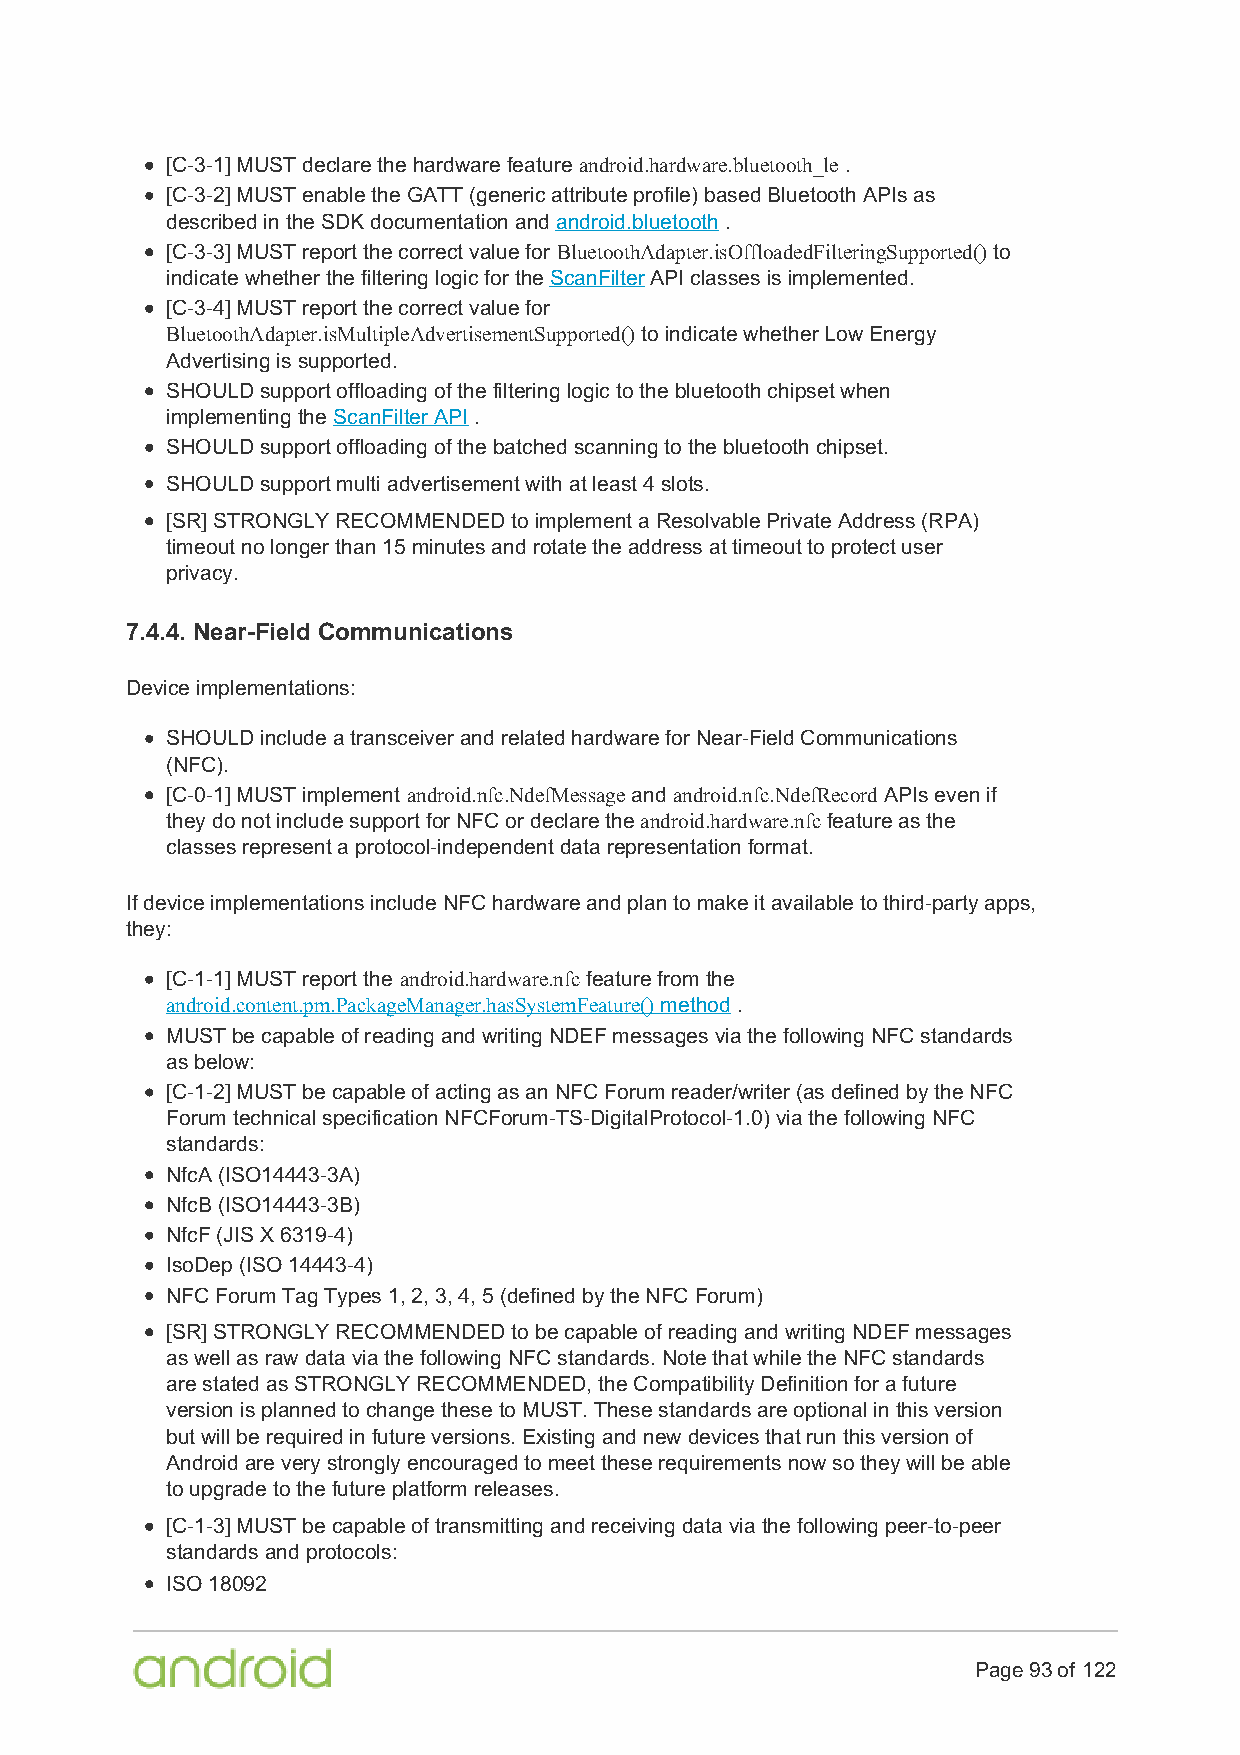
[C-3-1] MUST declare the hardware feature android.hardware.bluetooth_le .
 [C-3-2] MUST enable the GATT (generic attribute profile) based Bluetooth APIs as
 described in the SDK documentation and android.bluetooth .
 [C-3-3] MUST report the correct value for BluetoothAdapter.isOffloadedFilteringSupported() to
 indicate whether the filtering logic for the ScanFilter API classes is implemented.
 [C-3-4] MUST report the correct value for
 BluetoothAdapter.isMultipleAdvertisementSupported() to indicate whether Low Energy
 Advertising is supported.
 SHOULD support offloading of the filtering logic to the bluetooth chipset when
 implementing the ScanFilter API .
 SHOULD support offloading of the batched scanning to the bluetooth chipset.
 SHOULD support multi advertisement with at least 4 slots.
 [SR] STRONGLY RECOMMENDED to implement a Resolvable Private Address (RPA)
 timeout no longer than 15 minutes and rotate the address at timeout to protect user
 privacy.
 7.4.4. Near-Field Communications
 Device implementations:
 SHOULD include a transceiver and related hardware for Near-Field Communications
 (NFC).
 [C-0-1] MUST implement android.nfc.NdefMessage and android.nfc.NdefRecord APIs even if
 they do not include support for NFC or declare the android.hardware.nfc feature as the
 classes represent a protocol-independent data representation format.
 If device implementations include NFC hardware and plan to make it available to third-party apps,
 they:
 [C-1-1] MUST report the android.hardware.nfc feature from the
 android.content.pm.PackageManager.hasSystemFeature() method .
 MUST be capable of reading and writing NDEF messages via the following NFC standards
 as below:
 [C-1-2] MUST be capable of acting as an NFC Forum reader/writer (as defined by the NFC
 Forum technical specification NFCForum-TS-DigitalProtocol-1.0) via the following NFC
 standards:
 NfcA (ISO14443-3A)
 NfcB (ISO14443-3B)
 NfcF (JIS X 6319-4)
 IsoDep (ISO 14443-4)
 NFC Forum Tag Types 1, 2, 3, 4, 5 (defined by the NFC Forum)
 [SR] STRONGLY RECOMMENDED to be capable of reading and writing NDEF messages
 as well as raw data via the following NFC standards. Note that while the NFC standards
 are stated as STRONGLY RECOMMENDED, the Compatibility Definition for a future
 version is planned to change these to MUST. These standards are optional in this version
 but will be required in future versions. Existing and new devices that run this version of
 Android are very strongly encouraged to meet these requirements now so they will be able
 to upgrade to the future platform releases.
 [C-1-3] MUST be capable of transmitting and receiving data via the following peer-to-peer
 standards and protocols:
 ISO 18092
 Page 93 of 122